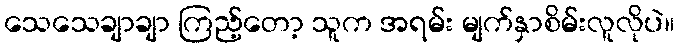
သေသေချာချာ ကြည့်တော့ သူက အရမ်း မျက်နှာစိမ်းလူလိုပဲ။